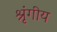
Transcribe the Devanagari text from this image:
श्रृंगीय